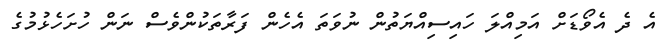
އެ ދެ އެވޯޑަށް އަމިއްލަ ހައިސިއްޔަތުން ނުވަތަ އެހެން ފަރާތަކުންވެސް ނަން ހުށަހެޅުމުގެ